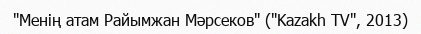
"Менің атам Райымжан Мәрсеков" ("Kazakh TV", 2013)